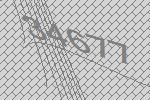
34677